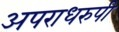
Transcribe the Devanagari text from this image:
अपराधरुपी